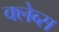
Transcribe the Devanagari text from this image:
क्लेब्स